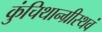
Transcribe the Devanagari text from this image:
कुंचिथान्ग्रीस्थवं